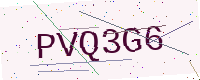
Text: PVQ3G6